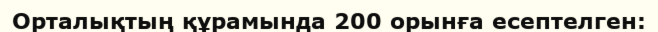
Орталықтың құрамында 200 орынға есептелген: